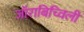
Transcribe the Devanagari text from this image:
जॉराबिच्विली